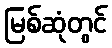
မြစ်ဆုံတွင်